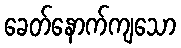
ခေတ်နောက်ကျသော